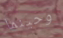
وحينما